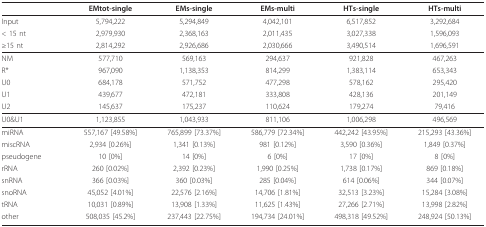
<table><thead><tr><td>[EMPTY_CELL]</td><td><b>EMtot-single</b></td><td><b>EMs-single</b></td><td><b>EMs-multi</b></td><td><b>HTs-single</b></td><td><b>HTs-multi</b></td></tr></thead><tbody><tr><td>Input</td><td>5,794,222</td><td>5,294,849</td><td>4,042,101</td><td>6,517,852</td><td>3,292,684</td></tr><tr><td>&lt; 15 nt</td><td>2,979,930</td><td>2,368,163</td><td>2,011,435</td><td>3,027,338</td><td>1,596,093</td></tr><tr><td>≥15 nt</td><td>2,814,292</td><td>2,926,686</td><td>2,030,666</td><td>3,490,514</td><td>1,696,591</td></tr><tr><td>NM</td><td>577,710</td><td>569,163</td><td>294,637</td><td>921,828</td><td>467,263</td></tr><tr><td>R*</td><td>967,090</td><td>1,138,353</td><td>814,299</td><td>1,383,114</td><td>653,343</td></tr><tr><td>U0</td><td>684,178</td><td>571,752</td><td>477,298</td><td>578,162</td><td>295,420</td></tr><tr><td>U1</td><td>439,677</td><td>472,181</td><td>333,808</td><td>428,136</td><td>201,149</td></tr><tr><td>U2</td><td>145,637</td><td>175,237</td><td>110,624</td><td>179,274</td><td>79,416</td></tr><tr><td>U0&amp;U1</td><td>1,123,855</td><td>1,043,933</td><td>811,106</td><td>1,006,298</td><td>496,569</td></tr><tr><td>miRNA</td><td>557,167 [49.58%]</td><td>765,899 [73.37%]</td><td>586,779 [72.34%]</td><td>442,242 [43.95%]</td><td>215,293 [43.36%]</td></tr><tr><td>miscRNA</td><td>2,934 [0.26%]</td><td>1,341 [0.13%]</td><td>981 [0.12%]</td><td>3,590 [0.36%]</td><td>1,849 [0.37%]</td></tr><tr><td>pseudogene</td><td>10 [0%]</td><td>14 [0%]</td><td>6 [0%]</td><td>17 [0%]</td><td>8 [0%]</td></tr><tr><td>rRNA</td><td>260 [0.02%]</td><td>2,392 [0.23%]</td><td>1,990 [0.25%]</td><td>1,738 [0.17%]</td><td>869 [0.18%]</td></tr><tr><td>snRNA</td><td>366 [0.03%]</td><td>360 [0.03%]</td><td>285 [0.04%]</td><td>614 [0.06%]</td><td>344 [0.07%]</td></tr><tr><td>snoRNA</td><td>45,052 [4.01%]</td><td>22,576 [2.16%]</td><td>14,706 [1.81%]</td><td>32,513 [3.23%]</td><td>15,284 [3.08%]</td></tr><tr><td>tRNA</td><td>10,031 [0.89%]</td><td>13,908 [1.33%]</td><td>11,625 [1.43%]</td><td>27,266 [2.71%]</td><td>13,998 [2.82%]</td></tr><tr><td>other</td><td>508,035 [45.2%]</td><td>237,443 [22.75%]</td><td>194,734 [24.01%]</td><td>498,318 [49.52%]</td><td>248,924 [50.13%]</td></tr></tbody></table>